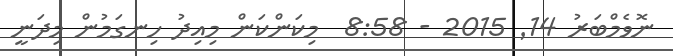
ނޮވެމްބަރު 14